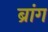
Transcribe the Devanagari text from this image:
ब्रांग